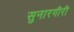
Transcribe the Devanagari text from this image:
सुनारगीरी